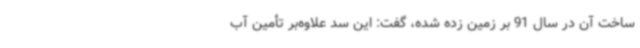
ساخت آن در سال 91 بر زمین زده شده، گفت: این سد علاوه‌بر تأمین آب